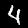
Label: 4